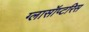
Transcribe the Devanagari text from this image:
ग्लासॉप्टरिस